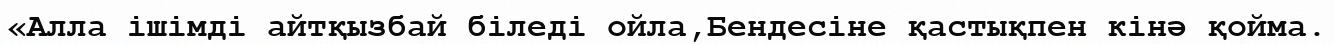
«Алла ішімді айтқызбай біледі ойла,Бендесіне қастықпен кінә қойма.